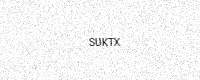
Text: SUKTX